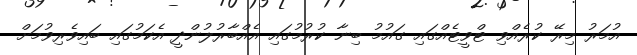
އުމަރު މިރޭ ކުރެއްވި ޓްވީޓެއްގައި ގައުމު ބިނާ ކުރުމުގައި އެއްބާރުލުންދީ އެކަމުގައި ބައިވެރިވުމަށް